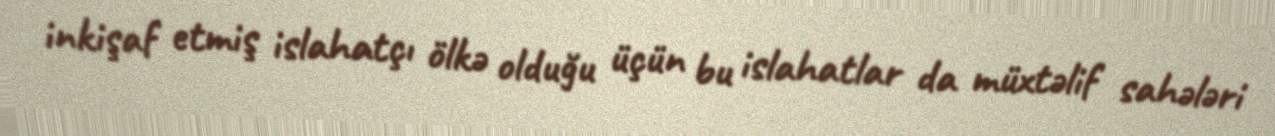
inkişaf etmiş islahatçı ölkə olduğu üçün bu islahatlar da müxtəlif sahələri